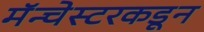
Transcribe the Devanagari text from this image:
मॅन्चेस्टरकडून